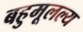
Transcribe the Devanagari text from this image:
बहुमूलल्य